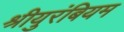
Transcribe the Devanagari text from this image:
श्रीयुरंबियम